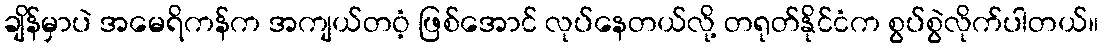
ချိန်မှာပဲ အမေရိကန်က အကျယ်တဝံ့ ဖြစ်အောင် လုပ်နေတယ်လို့ တရုတ်နိုင်ငံက စွပ်စွဲလိုက်ပါတယ်။